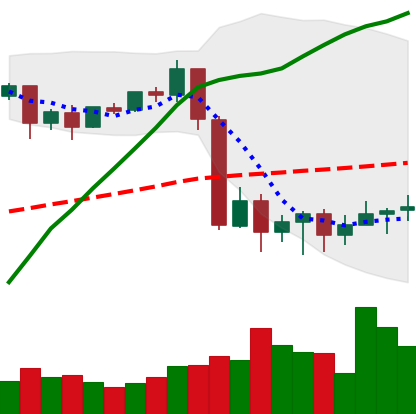
Ticker: BTC-USD
Chart end date: 2020-09-12
Forward return: 4.854%
Label: up_3_5